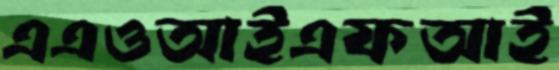
এএওআইএফআই